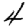
Digit: 4